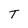
Character: T